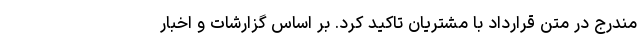
مندرج در متن قرارداد با مشتریان تاکید کرد. بر اساس گزارشات و اخبار